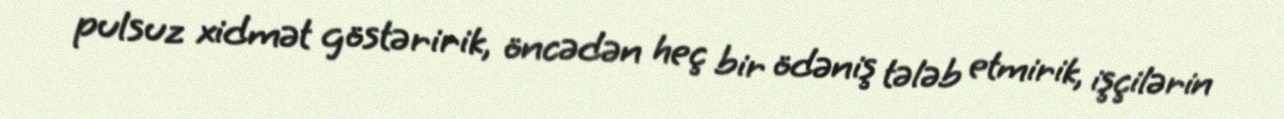
pulsuz xidmət göstəririk, öncədən heç bir ödəniş tələb etmirik, işçilərin